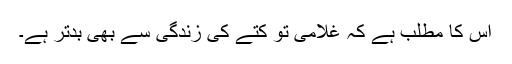
اس کا مطلب ہے کہ غلامی تو کتے کی زندگی سے بھی بدتر ہے۔